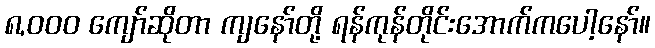
၈,၀၀၀ ကျော်ဆိုတာ ကျနော်တို့ ရန်ကုန်တိုင်းအောက်ကပေါ့နော်။